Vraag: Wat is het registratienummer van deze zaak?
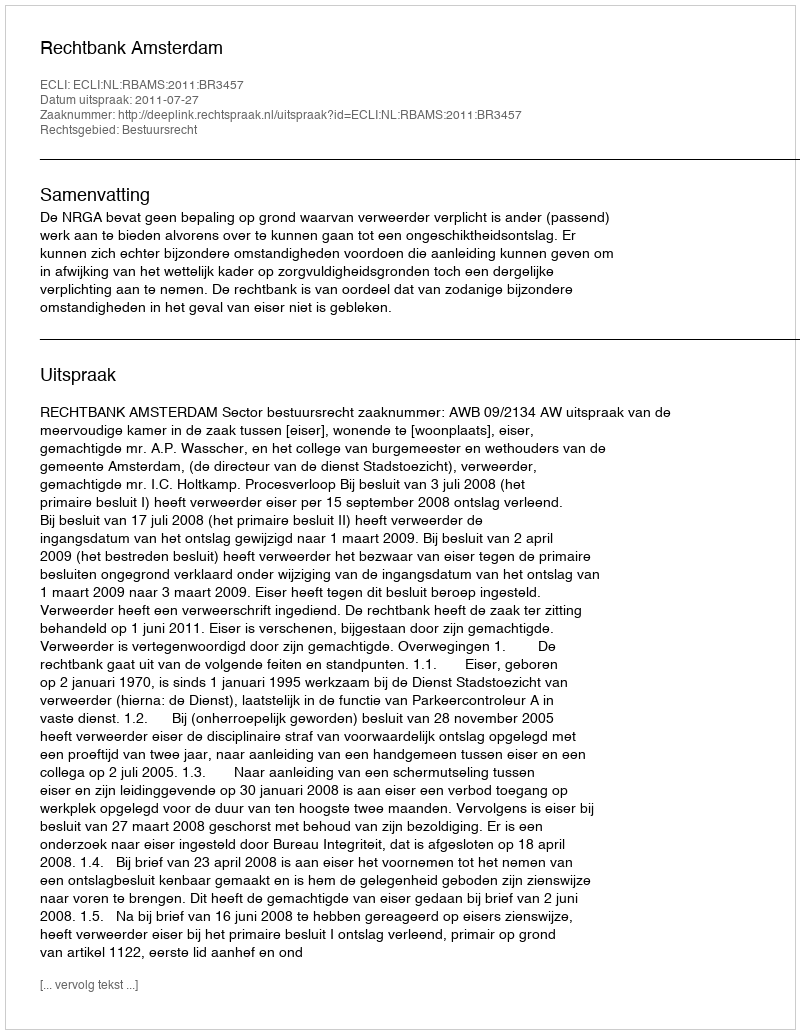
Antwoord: http://deeplink.rechtspraak.nl/uitspraak?id=ECLI:NL:RBAMS:2011:BR3457